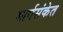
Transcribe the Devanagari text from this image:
मार्गसंकेत